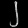
Digit: ၂